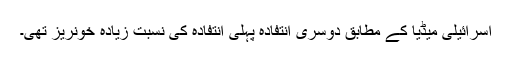
اسرائیلی میڈیا کے مطابق دوسری انتفادہ پہلی انتفادہ کی نسبت زیادہ خونریز تھی۔